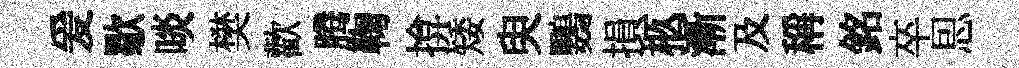
爰歜啖樊歡腾鞠揜矮臾鸚損柩漸及稱銘卒㤙